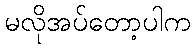
မလိုအပ်တော့ပါက